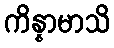
ကိန္နာမာသိ